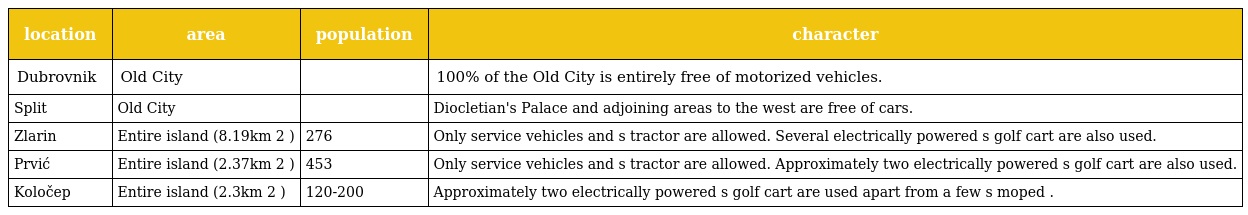
| location | area | population | character |
 | --- | --- | --- | --- |
 | Dubrovnik | Old City |  | 100% of the Old City is entirely free of motorized vehicles. |
 | Split | Old City |  | Diocletian's Palace and adjoining areas to the west are free of cars. |
 | Zlarin | Entire island (8.19km 2 ) | 276 | Only service vehicles and s tractor are allowed. Several electrically powered s golf cart are also used. |
 | Prvić | Entire island (2.37km 2 ) | 453 | Only service vehicles and s tractor are allowed. Approximately two electrically powered s golf cart are also used. |
 | Koločep | Entire island (2.3km 2 ) | 120-200 | Approximately two electrically powered s golf cart are used apart from a few s moped . |